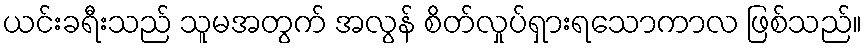
ယင်းခရီးသည် သူမအတွက် အလွန် စိတ်လှုပ်ရှားရသောကာလ ဖြစ်သည်။